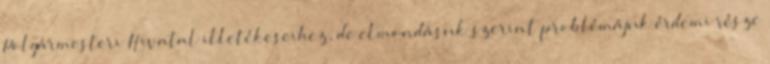
Polgármesteri Hivatal illetékeseihez, de elmondásuk szerint problémájuk érdemi része